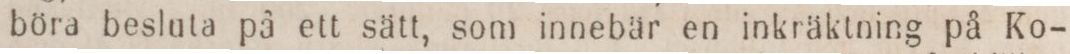
böra besluta på ett sätt, som innebär en inkräktning på Ko-